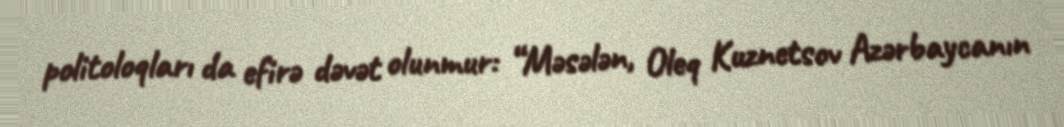
politoloqları da efirə dəvət olunmur: “Məsələn, Oleq Kuznetsov Azərbaycanın